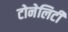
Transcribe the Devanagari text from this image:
टोनेलिटी